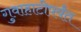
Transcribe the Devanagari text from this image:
गुवाहाटीपर्यंत